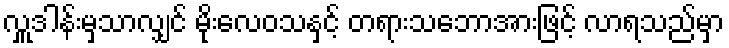
လှူဒါန်းမှသာလျှင် မိုးလေဝသနှင့် တရားသဘောအားဖြင့် လာရသည်မှာ